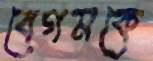
বেগমকে